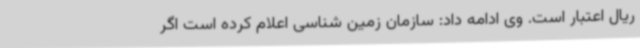
ریال اعتبار است. وی ادامه داد: سازمان زمین شناسی اعلام کرده است اگر